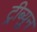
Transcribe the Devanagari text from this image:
ट्रीब्युन